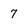
Character: 7